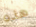
هذه